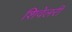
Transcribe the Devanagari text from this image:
शिवेलरी